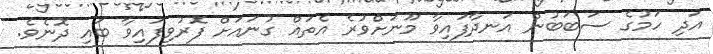
އަދި ހަމުގެ ސަބަބުން އަނދާފައިވާ މޫނަށްވުރެ އެތައް ގުނައަށް ފޮރުވިފައިވާ ބައި ދޮނެވެ.